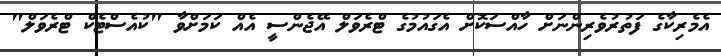
އެމެރިކާގެ ފަތުރުވެރިންނަށް ހާއްސަކޮށް އެގައުމުގެ ޓްރެވަލް އޭޖެންސީ އެއް ކަމަށްވާ "ކުއެސްޓެކް ޓްރެވަލް"